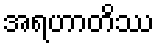
အရဟာတိဿ